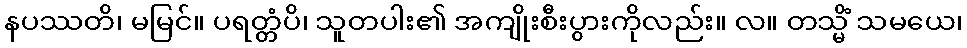
နပဿတိ၊ မမြင်။ ပရတ္တံပိ၊ သူတပါး၏ အကျိုးစီးပွားကိုလည်း။ လ။ တသ္မိံ သမယေ၊